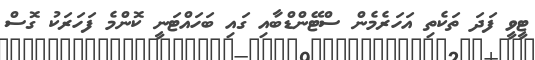
ޓީވީ ފަދަ ތަކެތި އަހަރެމެން ސްޓޭންޑްބާއި ގައި ބަހައްޓަނީ ކޮންމެ ފަހަރަކު ގޮސް